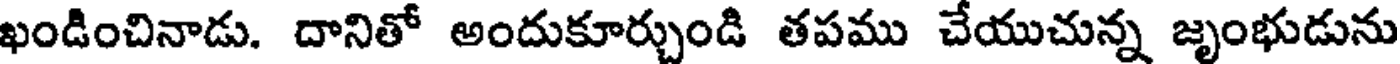
ఖండించినాడు. దానితో అందుకూర్చుండి తపము చేయుచున్న జృంభుడును